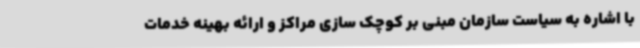
با اشاره به سیاست سازمان مبنی بر کوچک سازی مراکز و ارائه بهینه خدمات